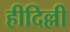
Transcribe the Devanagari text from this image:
हीदिल्ली